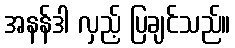
အနန်ဒါ လှည့် ပြချင်သည်။